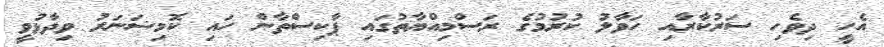
އެހީ ދިވެހި ސަރުކާރާއި ހަވާލު ކުރުމުގެ ރަސްމިއްޔާތުގައި ޕާކިސްތާން ހައި ކޮމިޝަނަރު ވިދާޅުވީ